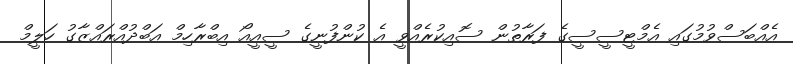
އެއްބަސްވުމުގައި އެމްޓީސީސީގެ ފަރާތުން ސޮއިކުރެއްވީ އެ ކުންފުނީގެ ސީއީއޯ އިބްރާހިމް އަބްދުއްރައްޒާގު ހަލީމް